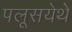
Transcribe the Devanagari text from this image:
पलूसयेथे